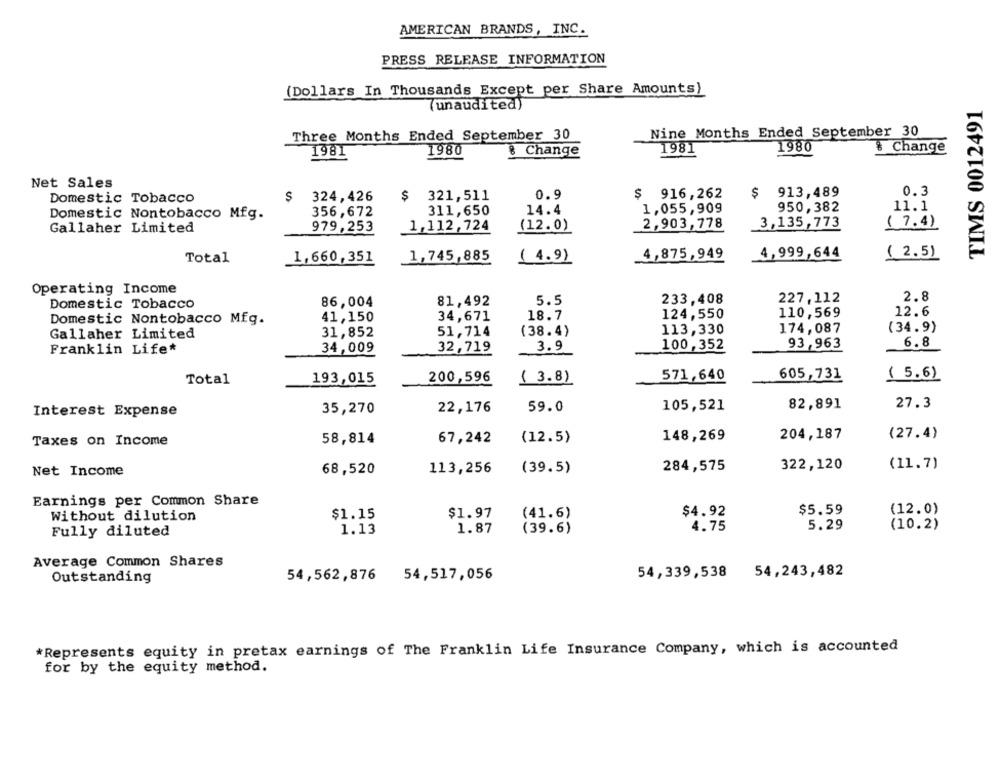
AMERICAN BRANDS, INC.
PRESS RELEASE INFORMATION
(Dollars In Thousands Except per Share Amounts)
TIMS 0012491
(unaudited)
Nine Months Ended September 30
Three Months Ended September 30
1981
1980
& Change
1981
1980
8 Change
Net Sales
0.9
$ 916,262
$
913,489
0.3
Domestic Tobacco
$
324,426
$
321, 511
356,672
311,650
14.4
1,055,909
950,382
11.1
Domestic Nontobacco Mfg.
979,253
1,112,724
(12.0)
2,903,778
3,135,773
(7.4)
Gallaher Limited
Total
1,660,351
1,745,885
4,875,949
4,999,644
( 2.5)
(4.9)
Operating Income
2.8
Domestic Tobacco
86,004
81,492
5.5
233,408
227,112
124,550
110,569
12.6
Domestic Nontobacco Mfg.
41,150
34,671
18.7
(34.9)
Gallaher Limited
31,852
51,714
(38.4)
113,330
174,087
93,963
6.8
Franklin Life
34,009
32,719
3.9
100,352
605,731
Total
193,015
200,596
( 3.8)
571,640
( 5.6)
59.0
105,521
82,891
27.3
Interest Expense
35,270
22,176
(12.5)
148,269
204,187
(27.4)
Taxes on Income
58,814
67,242
284,575
322,120
(11.7)
Net Income
68,520
113,256
(39.5)
Earnings per Common Share
Without dilution
$1.15
$1.97
(41.6)
$4.92
$5.59
(12.0)
Fully diluted
1.13
1.87
(39.6)
4.75
5.29
(10.2)
Average Common Shares
Outstanding
54,562,876
54,517,056
54,339,538
54,243,482
*Represents equity in pretax earnings of The Franklin Life Insurance Company, which is accounted
for by the equity method.